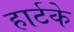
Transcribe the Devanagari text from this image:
हार्टके